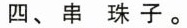
四、串珠子。